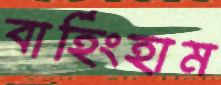
বার্হিংহাম